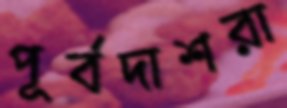
পূর্বদাশরা